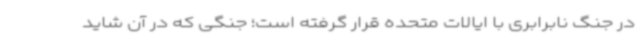
در جنگ نابرابری با ایالات متحده قرار گرفته است؛ جنگی که در آن شاید